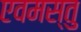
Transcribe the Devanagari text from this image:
एवमस्तु